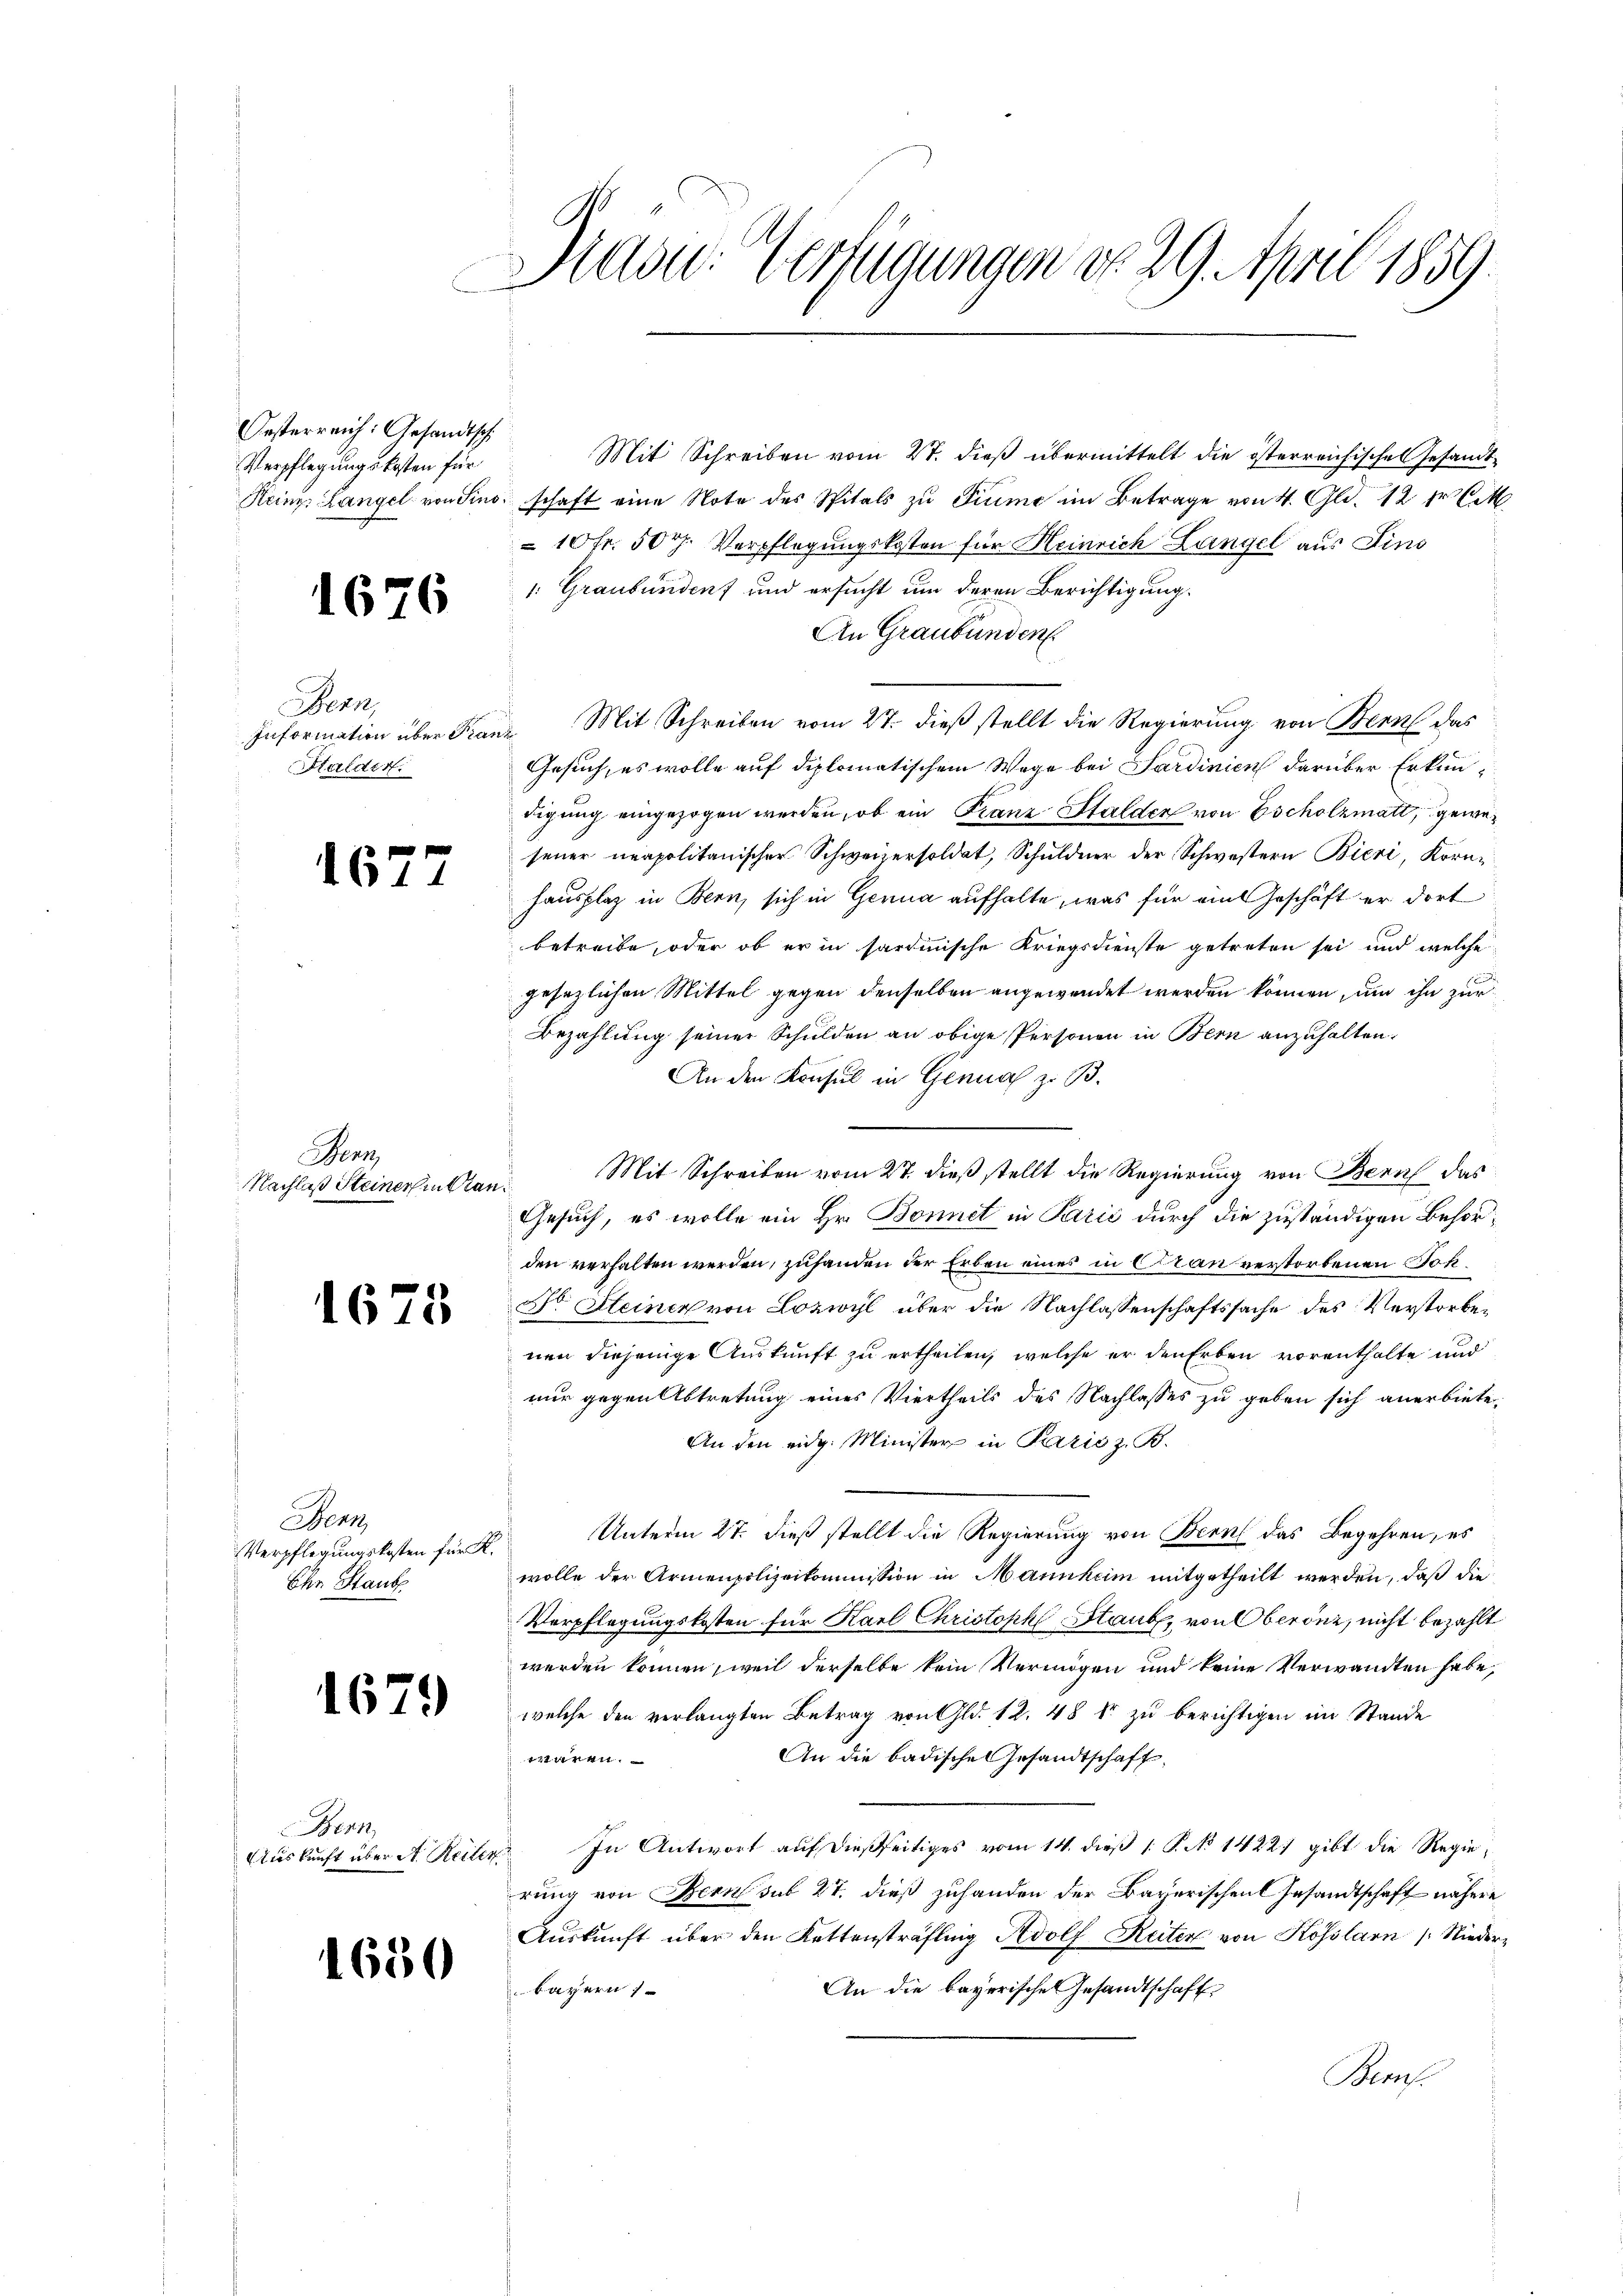
Oesterreich: Gesandtsch
Verpflegungskosten für
Heinz Langel von Sino

1676

Bern
Information über Pra¬
Halder.

1677

Gen
Nachlaß Steines in tra¬

1673

Henz
Verpflegungskosten für R.
Ohn Staub

1679

Bern,
Auskunft über et Reiten

1680

Mad: Verfügungen No. 29. April 1859.

Mit Schreiben vom 27. dieß übermittelt die österreichisches Gesandt
schaft eine Note des Spitals zŭ Fiume im Betrage von 4. Gld. 12 fr CM
10 fr. 50 r. Verpflegungskosten für Heinrich Langel aus Fins
1: Graubünden und ersucht um deren Berichtigung.
An Graubünden
Mit Schreiben vom 27. dieß stellt die Regierung von Bern das
Gesuch, es wolle auf diplomatischem Wege bei Sardinien darüber Erkundigung eingezogen werden, ob ein Franz Stalden von Escholzmatt, gewesener neapolitanischer Schweizersoldat, Schuldner der Schwestern Bieri, Korn-
hausplaz in Bern, sich in Gerna aufhalte, was für ein Geschäft er dort
betreibe, oder ob er in sardinische Kriegsdienste getreten sei, und welche
gesezlichen Mittel gegen denselben angewendet werden können, um ihn zur
Bezahlung seiner Schulden an obige Personen in Bern anzuhalten.
An den Konsul in Genua z. B.
Mit Schreiben vom 27. dieß stellt die Regierung von Bern das
Gesuch, es wolle ein Hr. Bonnet in Parić durch die zuständigen Behörden verhalten werden, zuhanden der Erben eines in Cran verstorbenen Joh¬
Dr. Steiner von Lozwyl über die Nachlassenschaftssache des Verstorbenen diejenige Auskunft zu ertheilen, welche er den Erben vorenthalte und
nur gegen Abtretung eines Viertheils des Nachlasses zu geben sich anerbiete,
An den eidg. Minister in Paris z. B.
Unterm 27. dieß stellt die Regierung von Bern das Begehren, es
wolle der Armenpolizeikommission in Mannheim mitgetheilt werden, daß die
Verpflegungskosten für Karl Christoph Staub, von Oberönz, nicht bezahlt
werden können, weil derselbe kein Vermögen und keine Verwandten habe,
welche den verlangten Betrag von Gld. 12. 48 kr zu berichtigen im Stande
An die badische Gesandtschaft
12ten
In Antwort auf dießseitiges vom 14. dieß 1 P. No 14221 gibt die Regierung von Bern sub 27. dieß zuhanden der Bayerischen Gesandtschaft nähere
Auskunft über den Kettensträfling Rudolf Reiter von Kosslarn /: Nieder¬
An die bayerische Gesandtschaft
bayern
Brus